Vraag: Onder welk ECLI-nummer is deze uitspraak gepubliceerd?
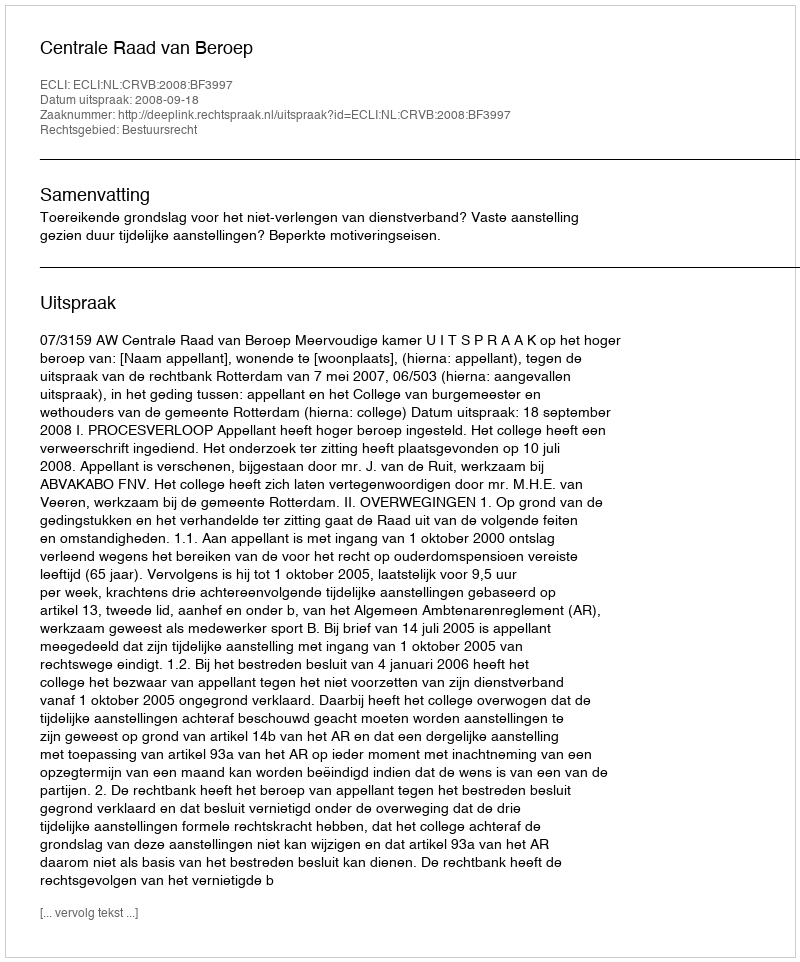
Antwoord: ECLI:NL:CRVB:2008:BF3997